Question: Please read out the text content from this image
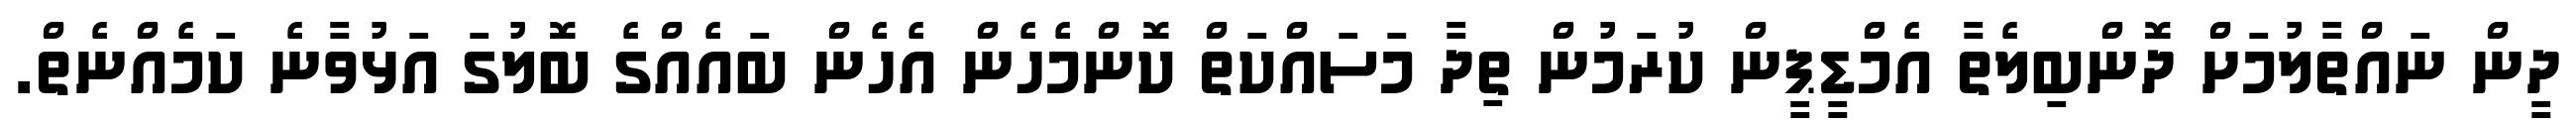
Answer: ދީން ނައްތާލުމަށް ދޮންބިލެތާ އެމްޑީޕީން ކުރަމުން ތިދާ މަސައްކަތް ކޮންމެހެން އެހެން ބައެއްގެ ބޮލުގަ އަޅުވާނެ ކަމެއްނެތް.